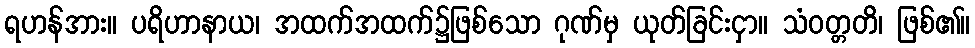
ရဟန်အား။ ပရိဟာနာယ၊ အထက်အထက်၌ဖြစ်သော ဂုဏ်မှ ယုတ်ခြင်းငှာ။ သံဝတ္တတိ၊ ဖြစ်၏။